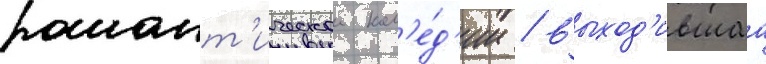
романт'ическои ком'е́д'ии / выход'ившаа